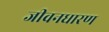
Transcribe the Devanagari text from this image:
जीवनधारण